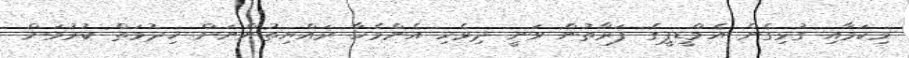
މިކަމާއި ގުޅިގެން އެމްޑީޕީގެ ފަރާތުން ވަނީ ދިވެހި އެންމެހާ ރައްޔިތުންނަށް ޚިދުމަތް ކުރުމަށް